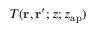
T ( \mathbf { r } , \mathbf { r } ^ { \prime } ; z ; z _ { \mathrm { a p } } )